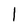
Character: I